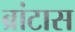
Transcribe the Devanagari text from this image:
ब्रांटास